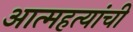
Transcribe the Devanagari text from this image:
आत्महत्यांची